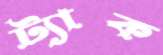
ট্যাক